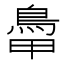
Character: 𩿼